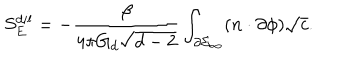
S _ { E } ^ { d i l } = - \frac { \beta } { 4 \pi G _ { d } \sqrt { d - 2 } } \int _ { \partial \Sigma _ { \infty } } ( n \cdot \partial \phi ) \sqrt { c } .